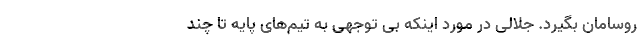
روسامان بگیرد. جلالی در مورد اینکه بی توجهی به تیم‌های پایه تا چند